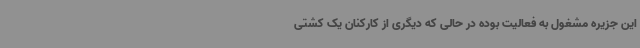
این جزیره مشغول به فعالیت بوده در حالی که دیگری از کارکنان یک کشتی